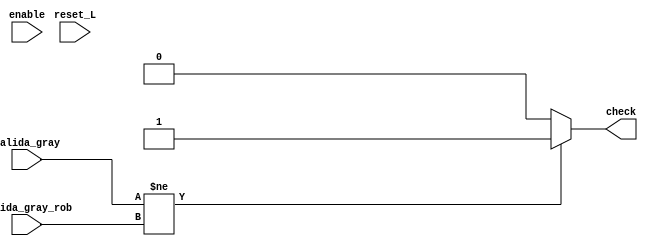
module checker(input [4:0] salida_gray,
				input [4:0] salida_gray_rob,
				input reset_L,
				input enable,
				output reg check);
	always@(*) begin
		if(salida_gray != salida_gray_rob) check = 1;
		else check = 0;
	end

endmodule